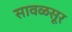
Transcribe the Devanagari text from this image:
सावळसूर